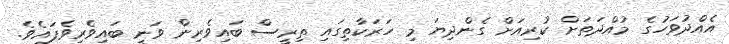
އެއްދުވަހުގެ މުއްދަތަށް ކުރިއަށް ގެންދިޔަ މި ހަރަކާތިގައި ތިރީސް ބައިވެރިން ވަނީ ބައިވެރިވެފައެވެ.